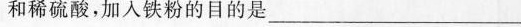
和稀硫酸，加入铁粉的目的是___